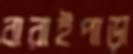
বারাইপাড়া